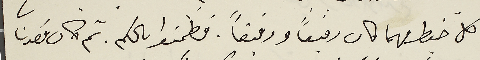
كل خيط مهما كان رفيعاً ورقيقاً. فطمنوا بالكم. ثم كان قصدنا